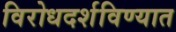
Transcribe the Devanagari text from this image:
विरोधदर्शविण्यात